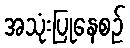
အသုံးပြုနေစဉ်